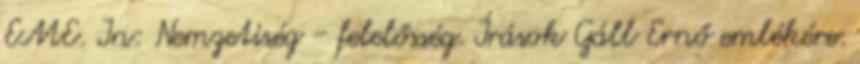
EME. In: Nemzetiség - felelősség. Írások Gáll Ernő emlékére.